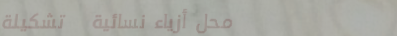
محل أزياء نسائية   تشكيلة